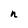
Character: n